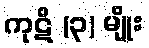
ကုဋိ (၃) မျိုး